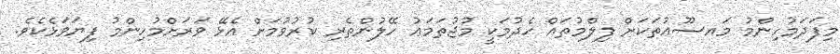
މިފަދަމުހިންމު މައޟޫޢުތަކަށް ފިލްމުތައް ހެދުމަކީ މުޖުތަމަޢު ހޭލުންތެރި ކުރުވުމަށް އެޅޭ ވަރަށްމުހިންމު ފިޔަވަޅެކެވެ.